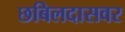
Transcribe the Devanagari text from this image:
छबिलदासवर